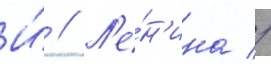
И́ // Л'е́н'ина //